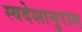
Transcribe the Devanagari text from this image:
स्वदेशानुराग